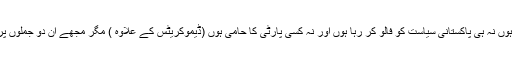
میں نہ پاکستان میں رہتا ہوں نہ ہی پاکستانی سیاست کو فالو کر رہا ہوں اور نہ کسی پارٹی کا حامی ہوں (ڈیموکریٹس کے علاوہ ) مگر مجھے ان دو جملوں پر اعتراض سمجھ نہیں آیا۔